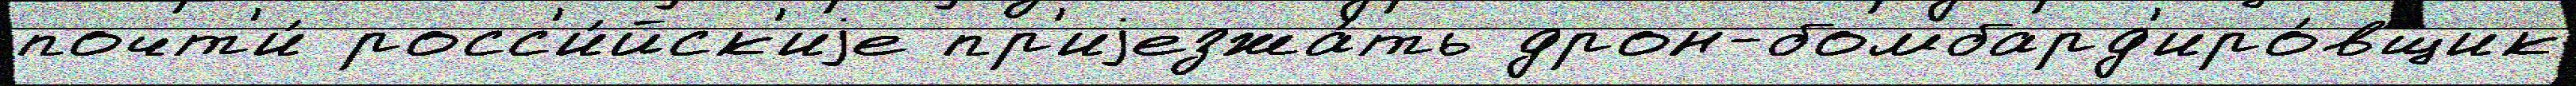
почт'и́ росс'и́йск'иjе пр'иjезжа́ть дрон-бомбард'иро́вщик